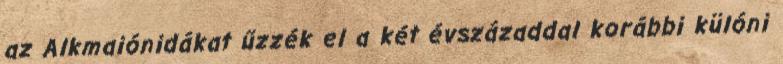
az Alkmaiónidákat űzzék el a két évszázaddal korábbi külóni